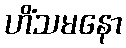
ဟိံသမနော